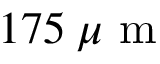
1 7 5 \: \mu \mathrm { ~ m ~ }